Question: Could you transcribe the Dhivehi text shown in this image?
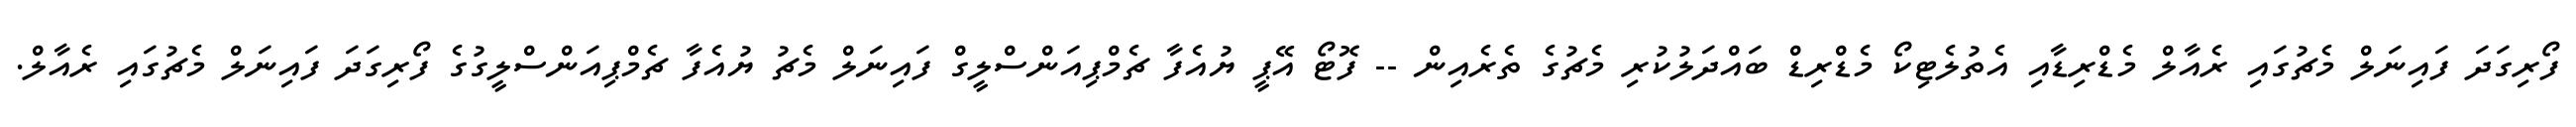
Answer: ފޯރިގަދަ ފައިނަލް މެޗުގައި ރެއާލް މެޑްރިޑާއި އެތުލެޓިކޯ މެޑްރިޑް ބައްދަލުކުރި މެޗުގެ ތެރެއިން -- ފޮޓޯ އޭޕީ ޔުއެފާ ޗެމްޕިއަންސްލީގް ފައިނަލް މެޗު ޔުއެފާ ޗެމްޕިއަންސްލީގުގެ ފޯރިގަދަ ފައިނަލް މެޗުގައި ރެއާލް.